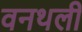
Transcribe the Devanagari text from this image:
वनथली